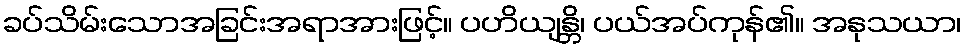
ခပ်သိမ်းသောအခြင်းအရာအားဖြင့်။ ပဟိယျန္တိ၊ ပယ်အပ်ကုန်၏။ အနုသယာ၊